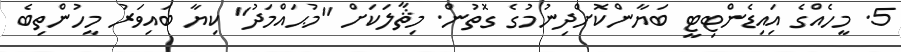
5. މީހެއްގެ އަިއިޑެންޓިޓީ ބަޔާންކޮށްދިނުމުގެ ގޮތުން. މިޘާލަކަށް "މުޙައްމަދު" ކިޔާ ބައިވަރު މީހުންތިބެ